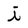
Character: i